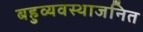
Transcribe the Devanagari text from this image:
बहुव्यवस्थाजनित